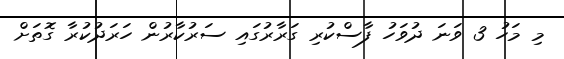
މި މަހު 3 ވަނަ ދުވަހު ފާސްކުރި ގަރާރުގައި ސަރުކާރުން ހަރަދުކުރާ ގޮތަށް